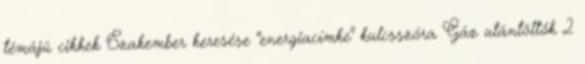
témájú cikkek Szakember keresése "energiacímke" kulcsszóra Gáz utántöltők 2